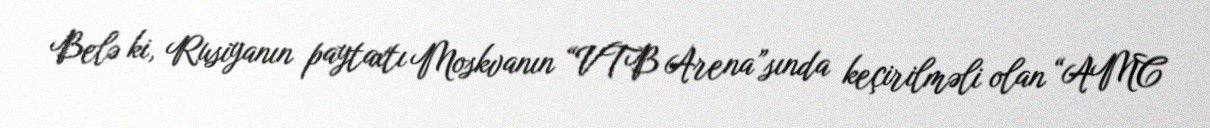
Belə ki, Rusiyanın paytaxtı Moskvanın “VTB Arena”sında keçirilməli olan “AMC